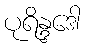
ပုရိန္ဒဒေါ